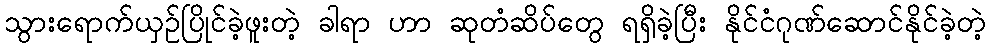
သွားရောက်ယှဉ်ပြိုင်ခဲ့ဖူးတဲ့ ခါရာ ဟာ ဆုတံဆိပ်တွေ ရရှိခဲ့ပြီး နိုင်ငံဂုဏ်ဆောင်နိုင်ခဲ့တဲ့